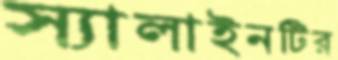
স্যালাইনটির